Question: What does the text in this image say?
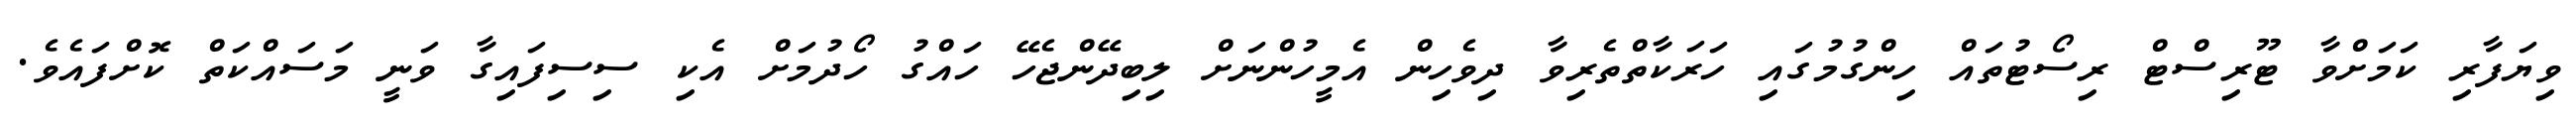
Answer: ވިޔަފާރި ކަމަށްވާ ޓޫރިސްޓް ރިސޯޓުތައް ހިންގުމުގައި ހަރަކާތްތެރިވާ ދިވެހިން އެމީހުންނަށް ލިބިދޭންޖެހޭ ހައްގު ހޯދުމަށް އެކި ސިސިފައިގާ ވަނީ މަސައްކަތް ކޮށްފައެވެ.